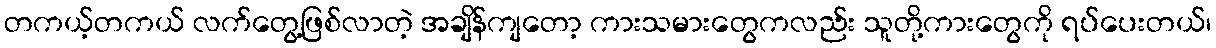
တကယ့်တကယ် လက်တွေ့ဖြစ်လာတဲ့ အချိန်ကျတော့ ကားသမားတွေကလည်း သူတို့ကားတွေကို ရပ်ပေးတယ်၊